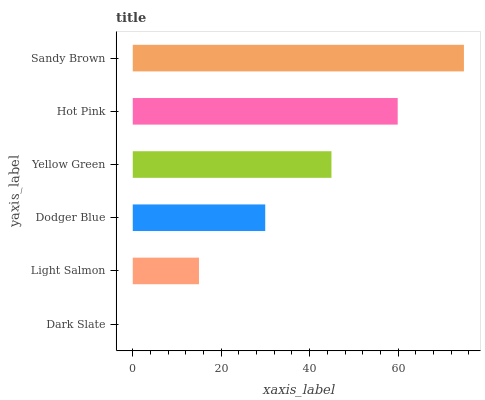
| yaxis_label | bars |
 | --- | --- |
 | Dark Slate | 0 |
 | Light Salmon | 15 |
 | Dodger Blue | 30 |
 | Yellow Green | 44.9 |
 | Hot Pink | 59.9 |
 | Sandy Brown | 74.9 |